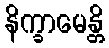
နိက္ခာမေန္တိ